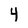
Character: 4